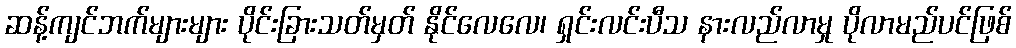
ဆန့်ကျင်ဘက်များများ ပိုင်းခြားသတ်မှတ် နိုင်လေလေ၊ ရှင်းလင်းပီသ နားလည်လာမှု ပိုလာမည်ပင်ဖြစ်